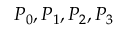
P _ { 0 } , P _ { 1 } , P _ { 2 } , P _ { 3 }